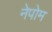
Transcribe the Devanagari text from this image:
नेपोम